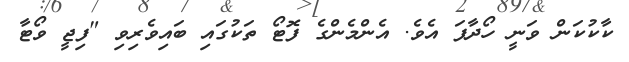
ކާކުކަން ވަނީ ހޯދާފަ އެވެ. އެންމެންގެ ފޮޓޯ ތަކުގައި ބައިވެރިވި "ފިޖީ ވޯޓާ